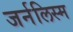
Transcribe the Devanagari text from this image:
जर्नलिस्म